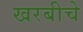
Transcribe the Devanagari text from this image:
खरबीचे